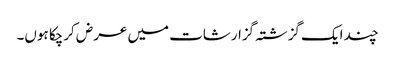
چند ایک گزشتہ گزارشات میں عرض کرچکا ہوں۔